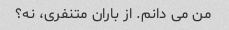
من می دانم. از باران متنفری، نه؟